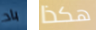
باد هكذا